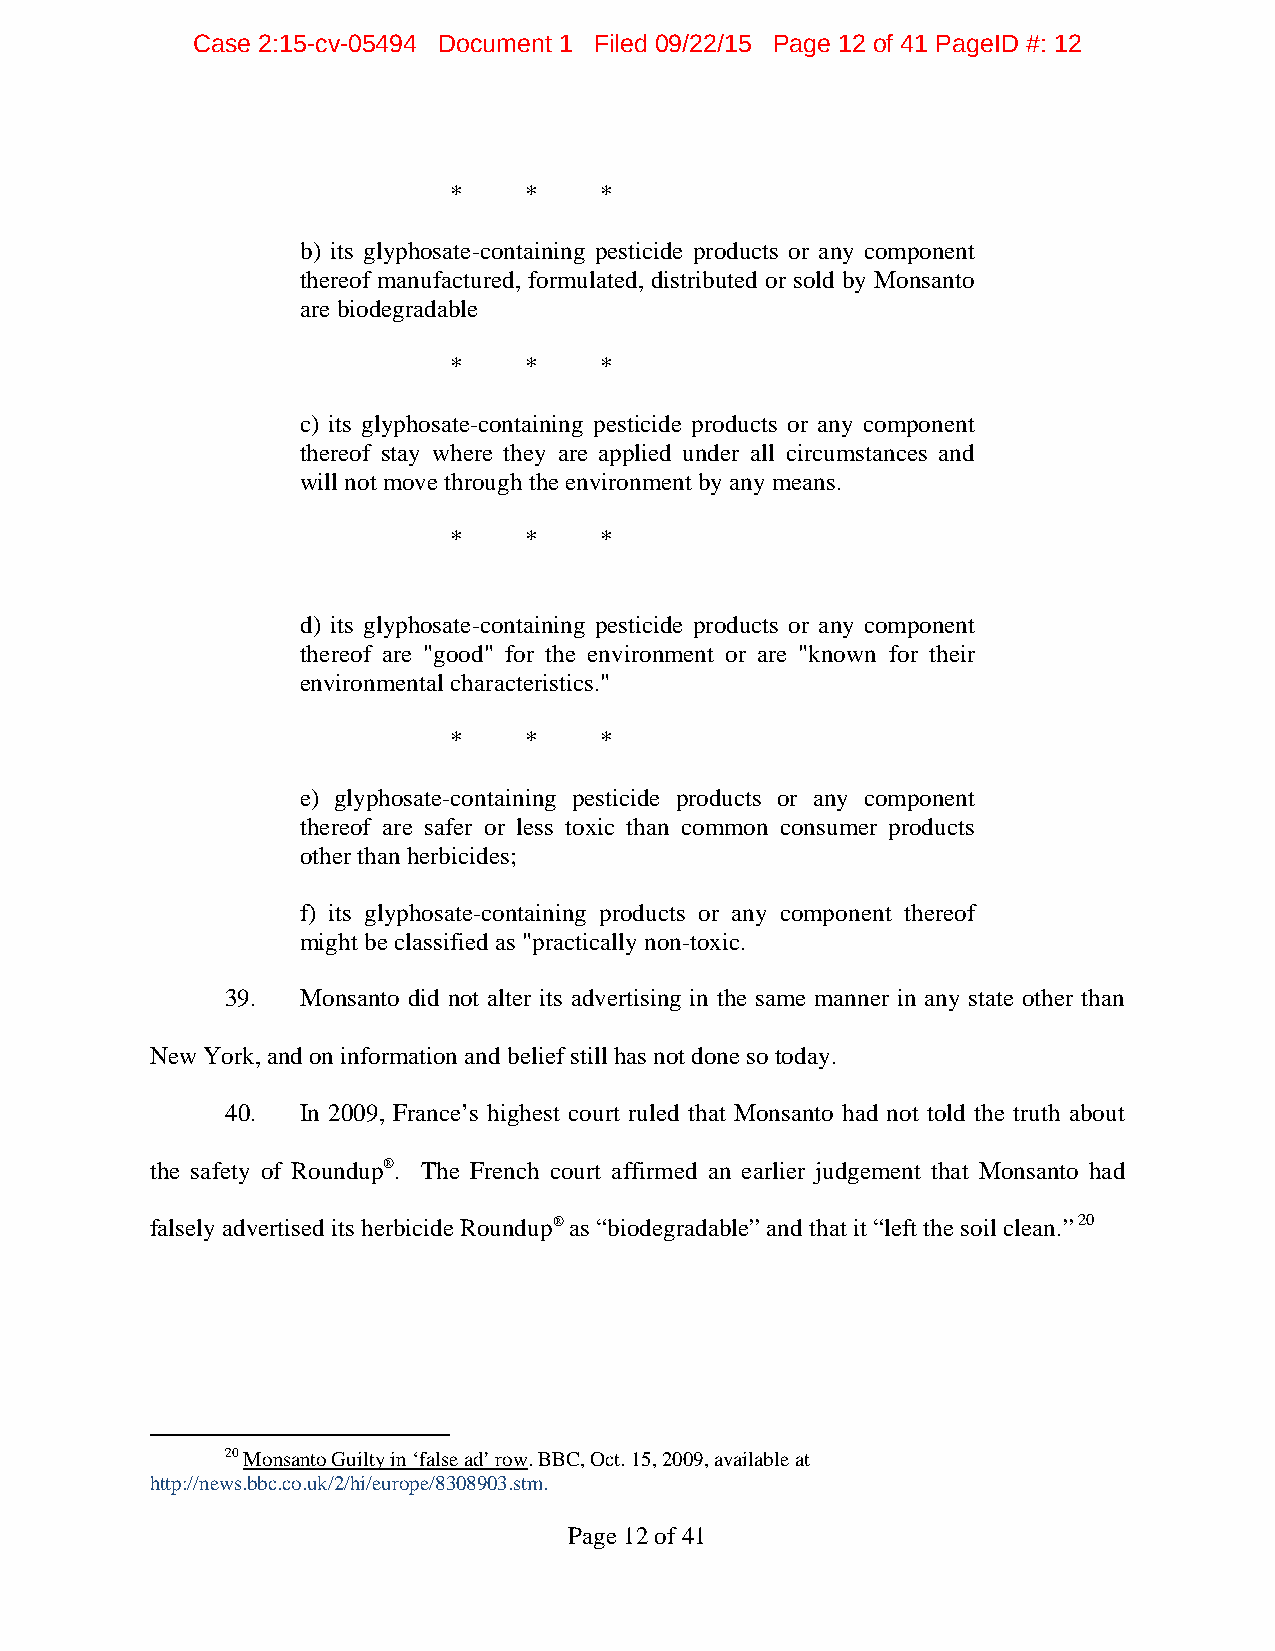
Case 2:15-cv-05494 Document 1 Filed 09/22/15 Page 12 of 41 PageID #: 12
 *    *    *
 b) its glyphosate-containing pesticide products or any component
 thereof manufactured, formulated, distributed or sold by Monsanto
 are biodegradable
 *    *    *
 c) its glyphosate-containing pesticide products or any component
 thereof stay where they are applied under all circumstances and
 will not move through the environment by any means.
 *    *    *
 d) its glyphosate-containing pesticide products or any component
 thereof are "good" for the environment or are "known for their
 environmental characteristics."
 *    *    *
 e) glyphosate-containing pesticide products or any component
 thereof are safer or less toxic than common consumer products
 other than herbicides;
 f) its glyphosate-containing products or any component thereof
 might be classified as "practically non-toxic.
 39.  Monsanto did not alter its advertising in the same manner in any state other than
 New York, and on information and belief still has not done so today.
 40.  In 2009, France’s highest court ruled that Monsanto had not told the truth about
 the safety of Roundup®. The French court affirmed an earlier judgement that Monsanto had
 falsely advertised its herbicide Roundup® as “biodegradable” and that it “left the soil clean.” 20
 20 Monsanto Guilty in ‘false ad’ row. BBC, Oct. 15, 2009, available at
 http://news.bbc.co.uk/2/hi/europe/8308903.stm.
 Page 12 of 41